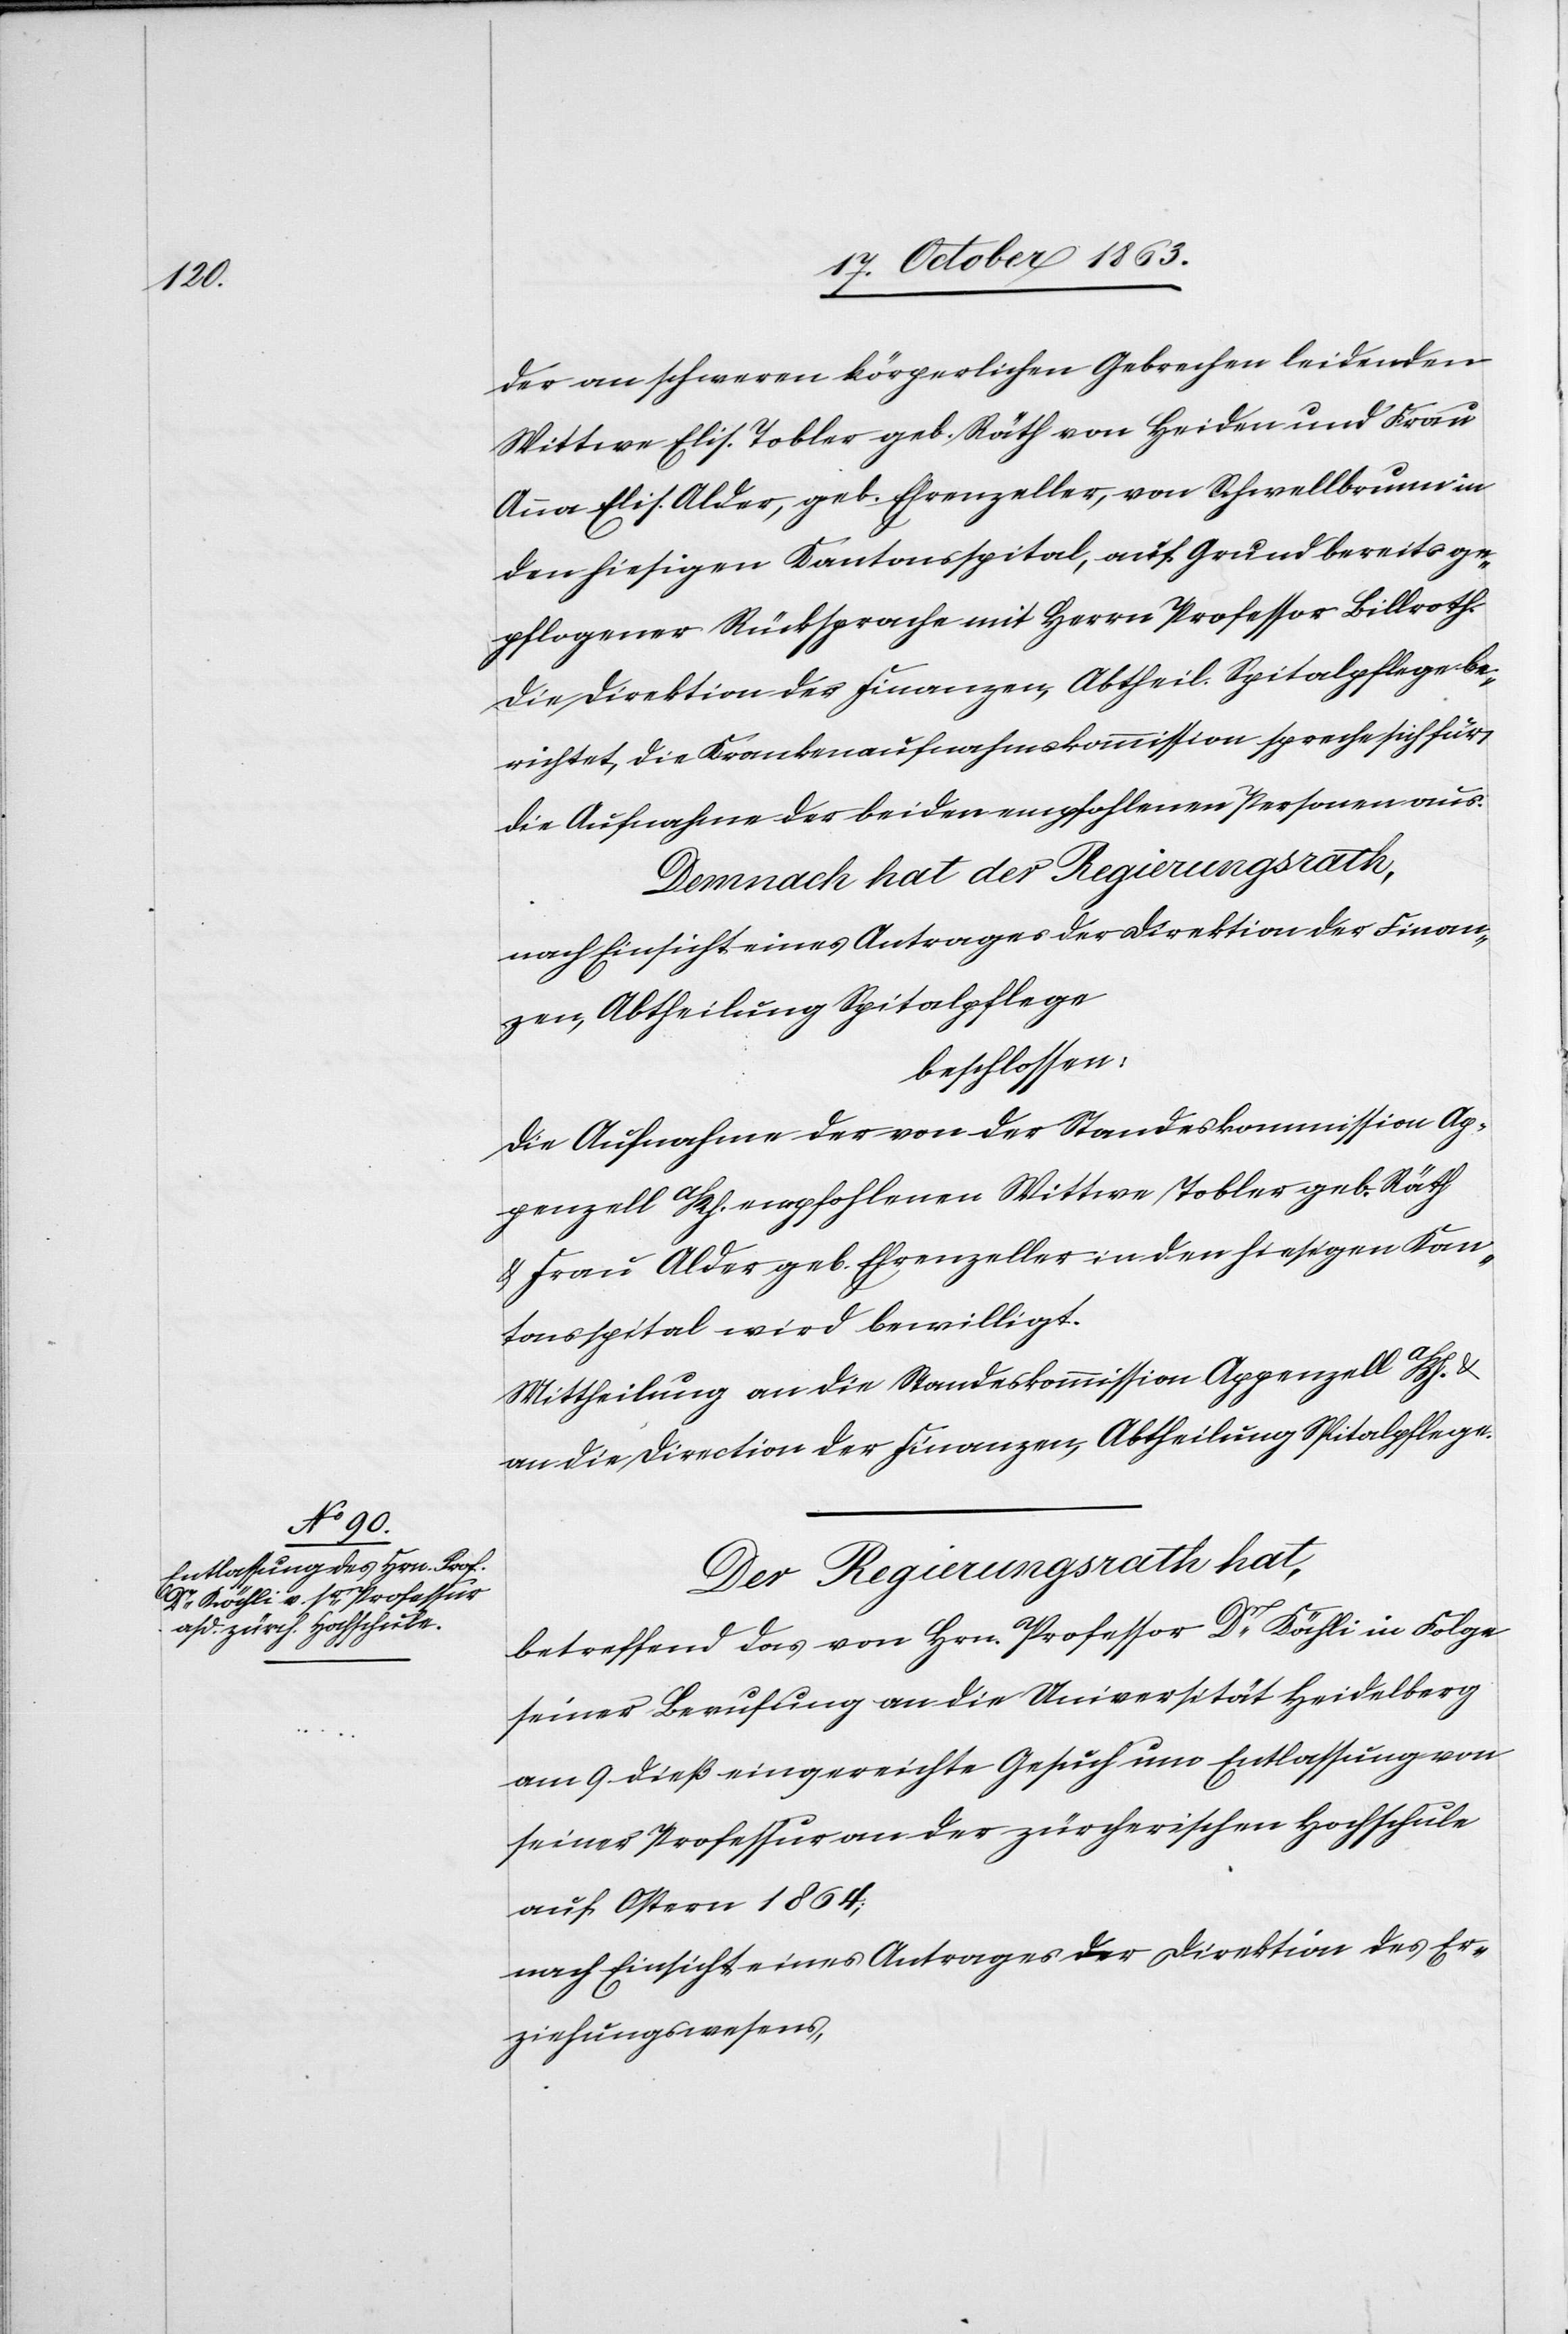
der an schweren körperlichen Gebrechen leidenden
Wittwe Elis. Tobler geb. Räth von Heiden und Frau
Anna Elis. Alder, geb. Ehrenzeller, von Schwellbrunn in
den hiesigen Kantonsspital, auf Grund bereits ge¬
pflogener Rücksprache mit Herrn Professor Billroth.
Die Direktion der Finanzen, Abtheil. Spitalpflege be¬
richtet, die Krankenaufnahmskommission spreche sich für
die Aufnahme der beiden empfohlenen Personen aus.
Demnach hat der Regierungsrath,
nach Einsicht eines Antrages der Direktion der Finan¬
zen, Abtheilung Spitalpflege
beschlossen:
Die Aufnahme der von der Standeskommission Ap¬
penzell a/Rh. empfohlenen Wittwe Tobler geb. Räth
& Frau Alder geb. Ehrenzeller in den hiesigen Kan¬
tonsspital wird bewilligt.
Mittheilung an die Standeskommission Appenzell a/Rh. &
an die Direktion der Finanzen, Abtheilung Spitalpflege.
Der Regierungsrath hat,
betreffend das von Hrn. Professor Dr Kähli in Folge
seiner Berufung an die Universität Heidelberg
am 9. dieß eingereichte Gesuch um Entlassung von
seiner Professur an der zürcherischen Hochschule
auf Ostern 1864;
nach Einsicht eines Antrages der Direktion des Er¬
ziehungswesens,